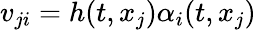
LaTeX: v_{ji}=h(t,x_{j})\alpha_{i}(t,x_{j})